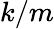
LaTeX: k/m